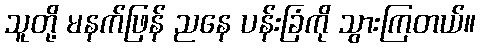
သူတို့ မနက်ဖြန် ညနေ ပန်းခြံကို သွားကြတယ်။